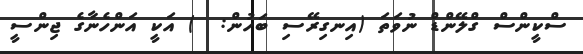
ސްކީންސް ގްލޭންޑް ނުވަތަ (އިނގިރޭސި ބަހުން:  ) އަކީ އަންހެނާގެ ޖިންސީ